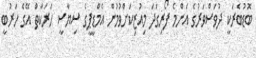
ބޮޑުބެރަކީ ދުވަސްވަރުގެ އެންމެ ފޯރިގަދަ މިއުޒިކަށްވުމުން އެމްޑީޕީގެ ސިޔާސީ ހަރަކާތް އޭގެ ހަރުބީ